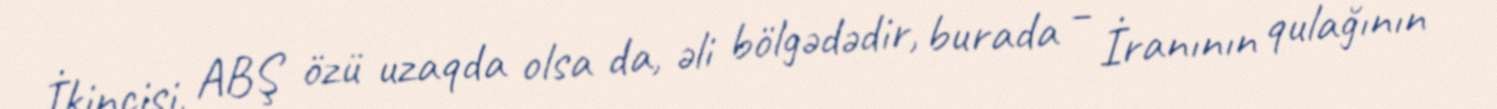
İkincisi, ABŞ özü uzaqda olsa da, əli bölgədədir, burada – İranının qulağının